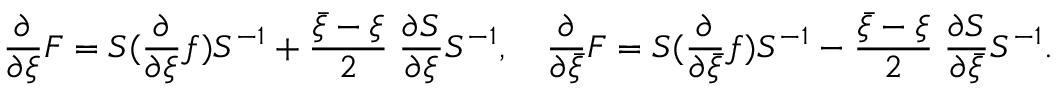
\frac { \partial } { \partial \xi } F = S ( \frac { \partial } { \partial \xi } f ) S ^ { - 1 } + \frac { \bar { \xi } - \xi } { 2 } \; \frac { \partial S } { \partial \xi } S ^ { - 1 } , \quad \frac { \partial } { \partial \bar { \xi } } F = S ( \frac { \partial } { \partial \bar { \xi } } f ) S ^ { - 1 } - \frac { \bar { \xi } - \xi } { 2 } \; \frac { \partial S } { \partial \bar { \xi } } S ^ { - 1 } .